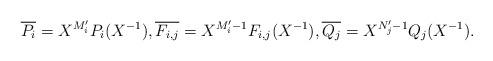
LaTeX: \begin{align*}{\overline {P_i}}= X^{M'_i}P_i(X^{-1}), \overline{F_{i,j}} = X^{M'_i-1} F_{i,j}(X^{-1}), \overline{Q_j} = X^{N'_j-1}Q_j(X^{-1}).\end{align*}